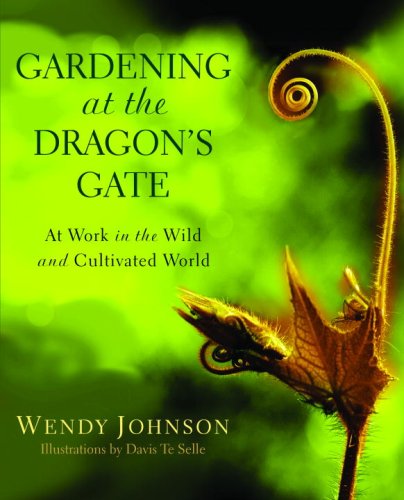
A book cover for Gardening at the Dragon's Gate: At Work in the Wild and Cultivated World; Wendy Johnson; Crafts, Hobbies & Home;